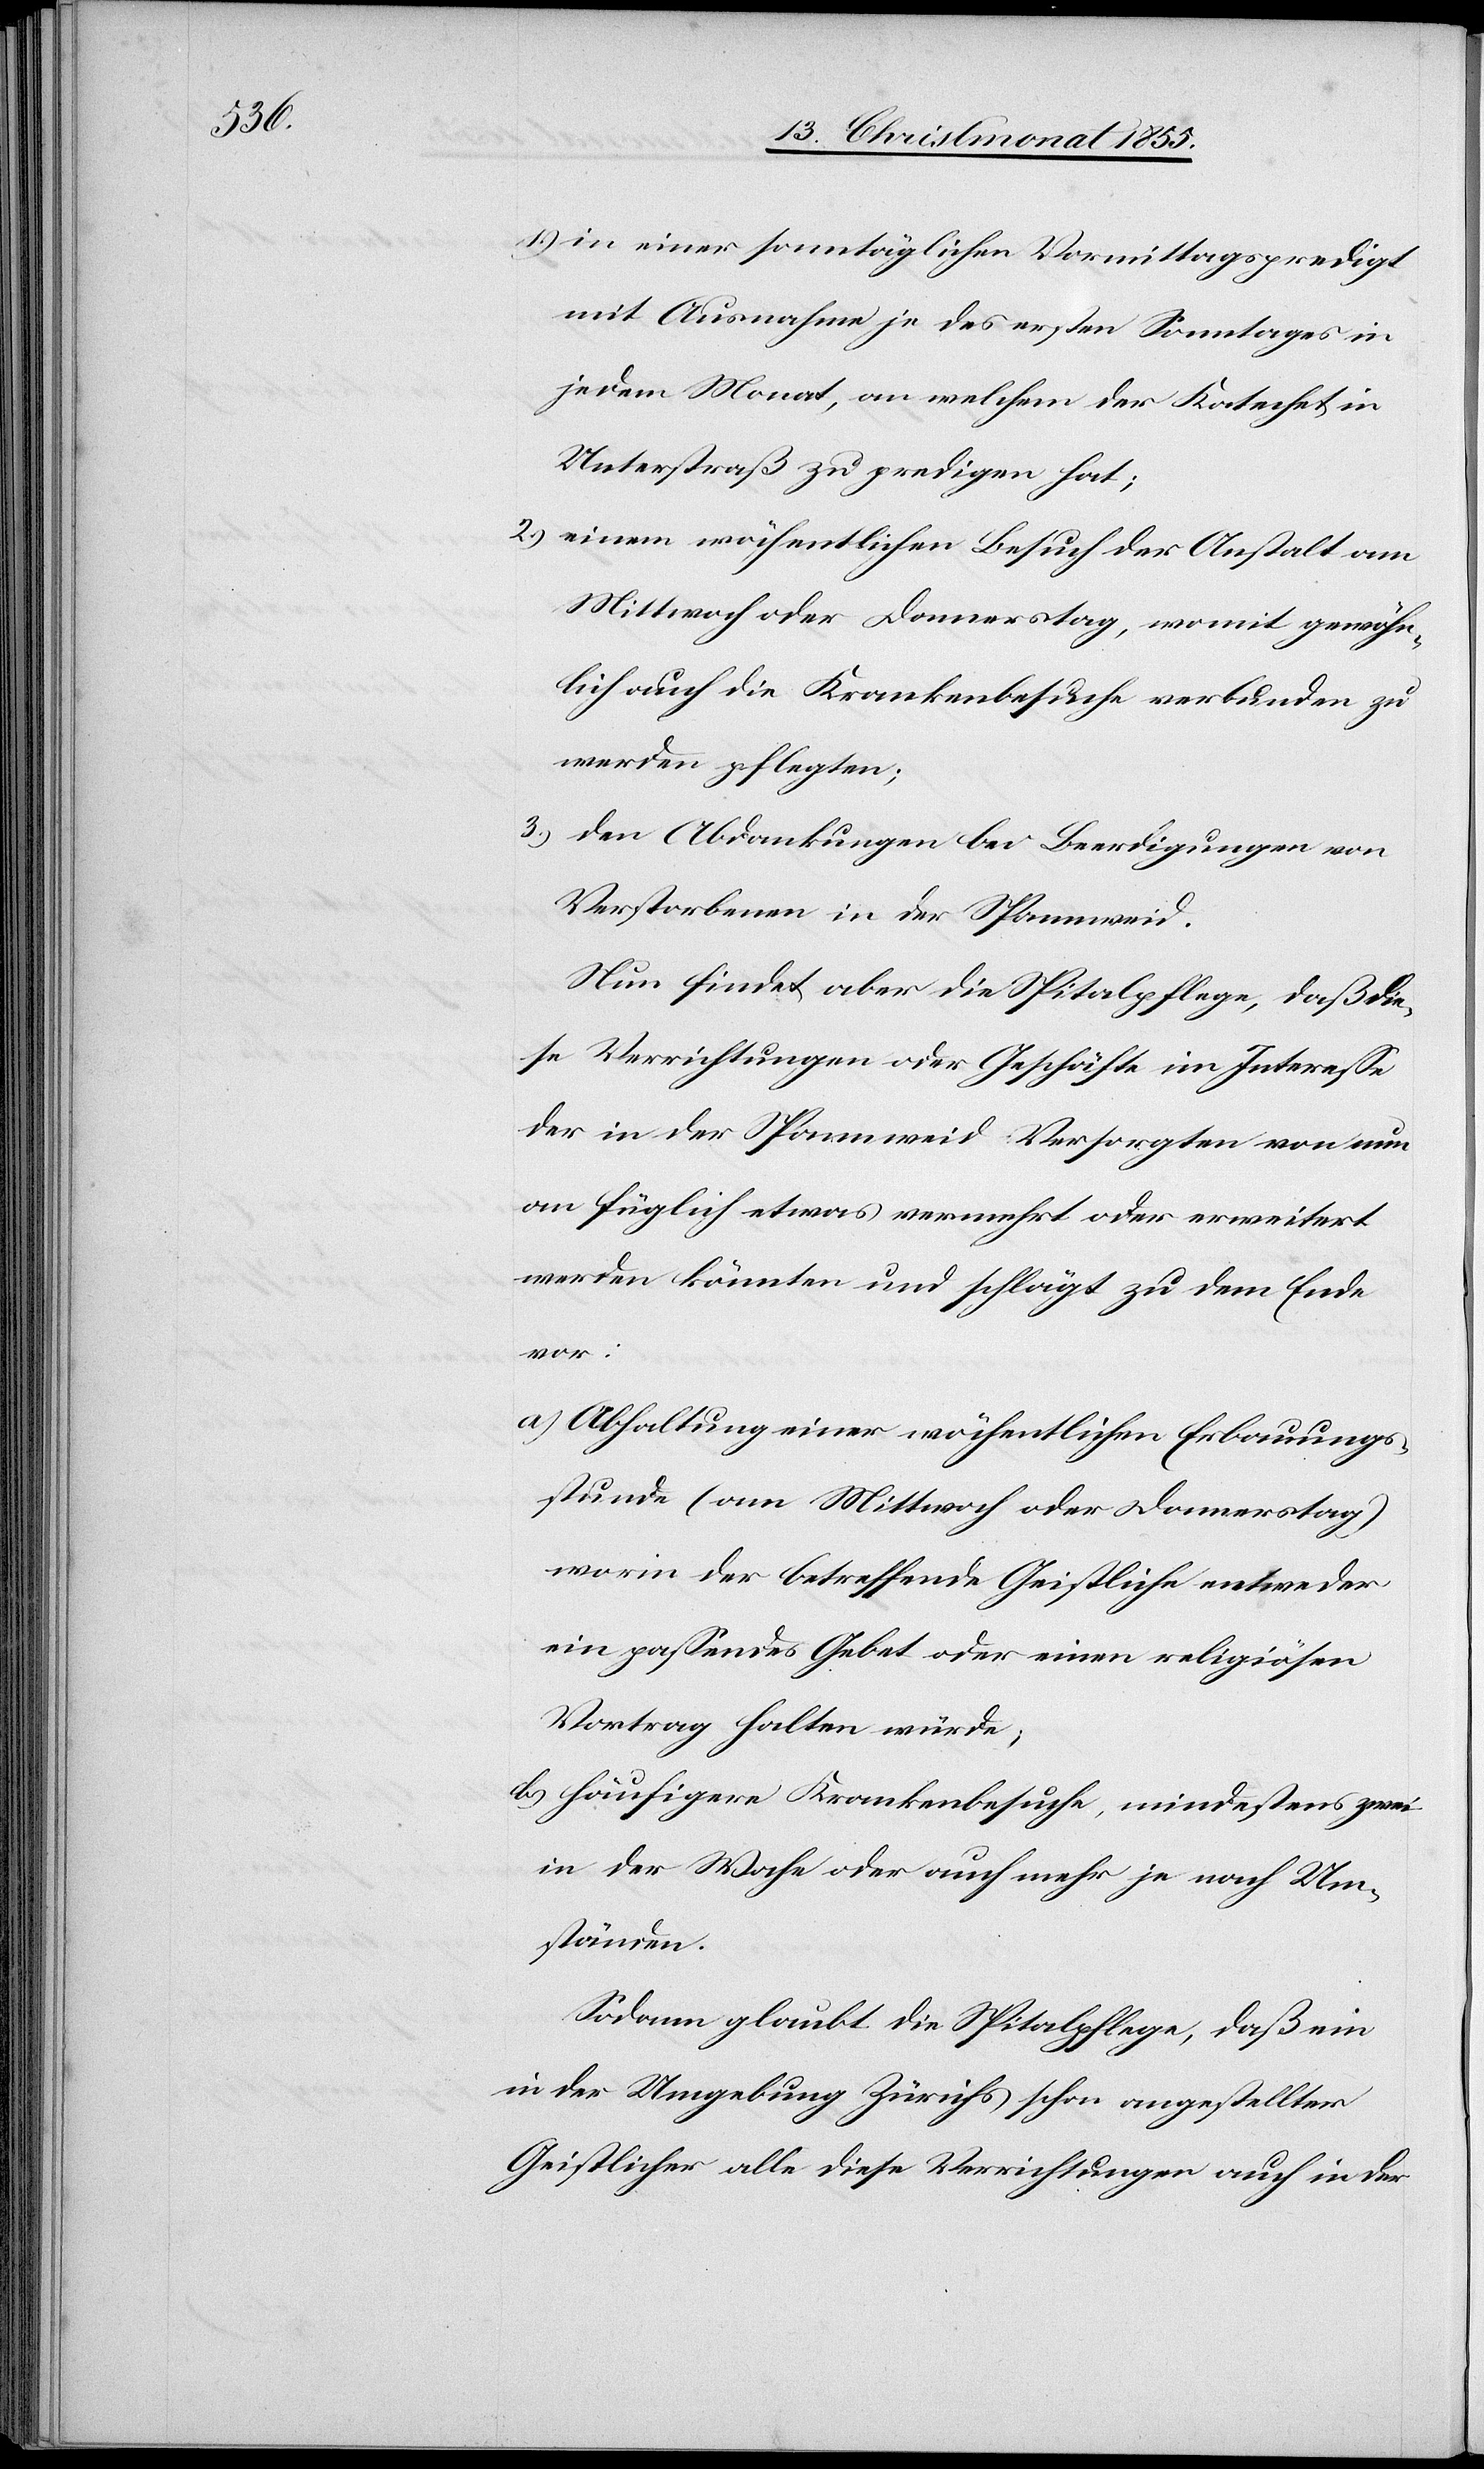
in einer sonntäglichen Vormittagspredigt
mit Ausnahme je des ersten Sonntages in
jedem Monat, an welchem der Katechet in
Unterstraß zu predigen hat;
einem wöchentlichen Besuch der Anstalt am
Mittwoch oder Donnerstag, womit gewöhn¬
lich auch die Krankenbesuche verbunden zu
werden pflegten;
3.)
den Abdankungen bei Beerdigungen von
Verstorbenen in der Spannweid.
Nun findet aber die Spitalpflege, daß die¬
se Verrichtungen oder Geschäfte im Interesse
der in der Spannweid Versorgten von nun
an füglich etwas vermehrt oder erweitert
werden könnten und schlägt zu dem Ende
vor:
Abhaltung einer wöchentlichen Erbauungs¬
stunde (am Mittwoch oder Donnerstag)
worin der betreffende Geistliche entweder
ein passendes Gebet oder einen religiösen
Vortrag halten würde;
häufigere Krankenbesuche, mindestens zwei
in der Woche oder auch mehr je nach Um¬
ständen.
Sodann glaubt die Spitalpflege, daß ein
in der Umgebung Zürichs schon angestellter
Geistlicher alle diese Verrichtungen auch in der